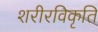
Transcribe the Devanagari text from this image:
शरीरविकृति